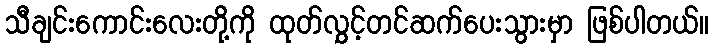
သီချင်းကောင်းလေးတို့ကို ထုတ်လွှင့်တင်ဆက်ပေးသွားမှာ ဖြစ်ပါတယ်။